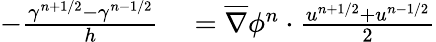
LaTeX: \begin{array}{rl}{-\frac{\gamma^{n+1/2}-\gamma^{n-1/2}}{h}}&{{}=\overline{{\nabla}}\phi^{n}\cdot\frac{u^{n+1/2}+u^{n-1/2}}{2}}\end{array}